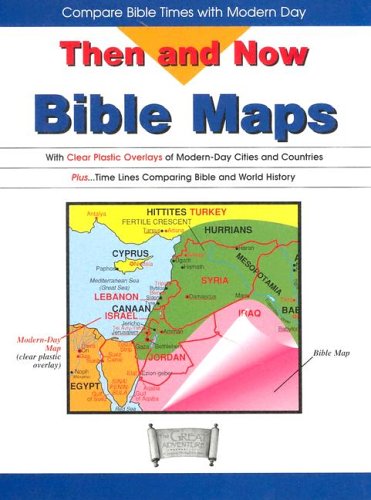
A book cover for Then and Now Bible Maps: With Clear Plastic Overlays of Modern Day Cities and Countries; none; Christian Books & Bibles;